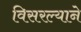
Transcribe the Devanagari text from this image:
विसरल्याने